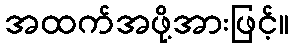
အထက်အဖို့အားဖြင့်။